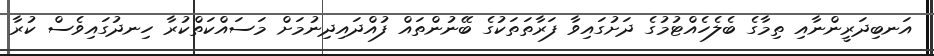
އަނބިދަރީންނާއި ތިމާގެ ބެލެހެއްޓުމުގެ ދަށުގައިވާ ފަރާތަތަކުގެ ބޭނުންތައް ފުއްދައިދިނުމަށް މަސައްކަތްކުރާ ހިނދުގައިވެސް ކުރާ